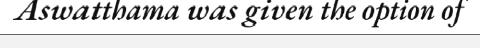
Aswatthama was given the option of